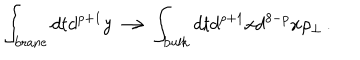
\int _ { \mathrm { { b r a n e } } } d t d ^ { p + 1 } y \longrightarrow \int _ { { \mathrm { b u l k } } } d t d ^ { p + 1 } x d ^ { 8 - p } x \rho _ { \perp } \, .